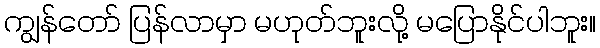
ကျွန်တော် ပြန်လာမှာ မဟုတ်ဘူးလို့ မပြောနိုင်ပါဘူး။